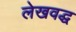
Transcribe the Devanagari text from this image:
लेखवद्ध